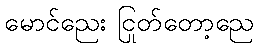
မောင်ညေး ငြုတ်တော့ညေ